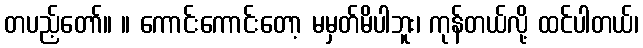
တပည့်တော်။ ။ ကောင်းကောင်းတော့ မမှတ်မိပါဘူး၊ ကုန်တယ်လို့ ထင်ပါတယ်၊